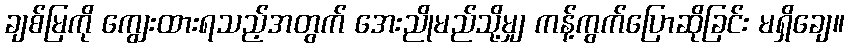
ချစ်မြကို ကျွေးထားရသည့်အတွက် အေးညိုမည်သို့မျှ ကန့်ကွက်ပြောဆိုခြင်း မရှိချေ။